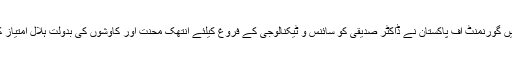
1980ء میں گورنمنٹ آف پاکستان نے ڈاکٹر صدیقی کو سائنس و ٹیکنالوجی کے فروغ کیلئے انتھک محنت اور کاوشوں کی بدولت ہلال امتیاز کا تمغہ دیا۔